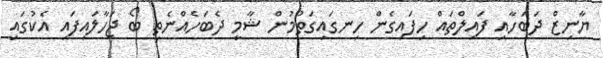
ޔާނިޒް ދަބަހާއި ފައިލްތައް ހިފައިގެން ހިނގައިގަތުމުން ޝާމީ ދެބަހެއްނެތި ބޯ ޖަހާލައިފައި އެކުގައި